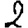
Digit: 2